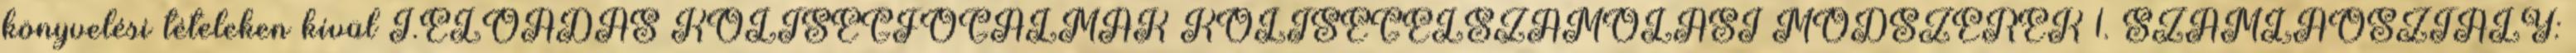
könyvelési tételeken kívül I.ELŐADÁS KÖLTSÉGFOGALMAK KÖLTSÉGELSZÁMOLÁSI MÓDSZEREK 1. SZÁMLAOSZTÁLY: